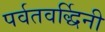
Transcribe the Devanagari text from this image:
पर्वतवर्द्धिनी